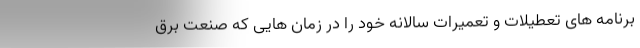
برنامه های تعطیلات و تعمیرات سالانه خود را در زمان هایی که صنعت برق